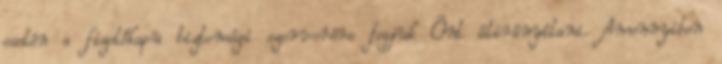
esetén a fizetőkapu biztonsági szerverére fogjuk Önt átirányítani. Amennyiben